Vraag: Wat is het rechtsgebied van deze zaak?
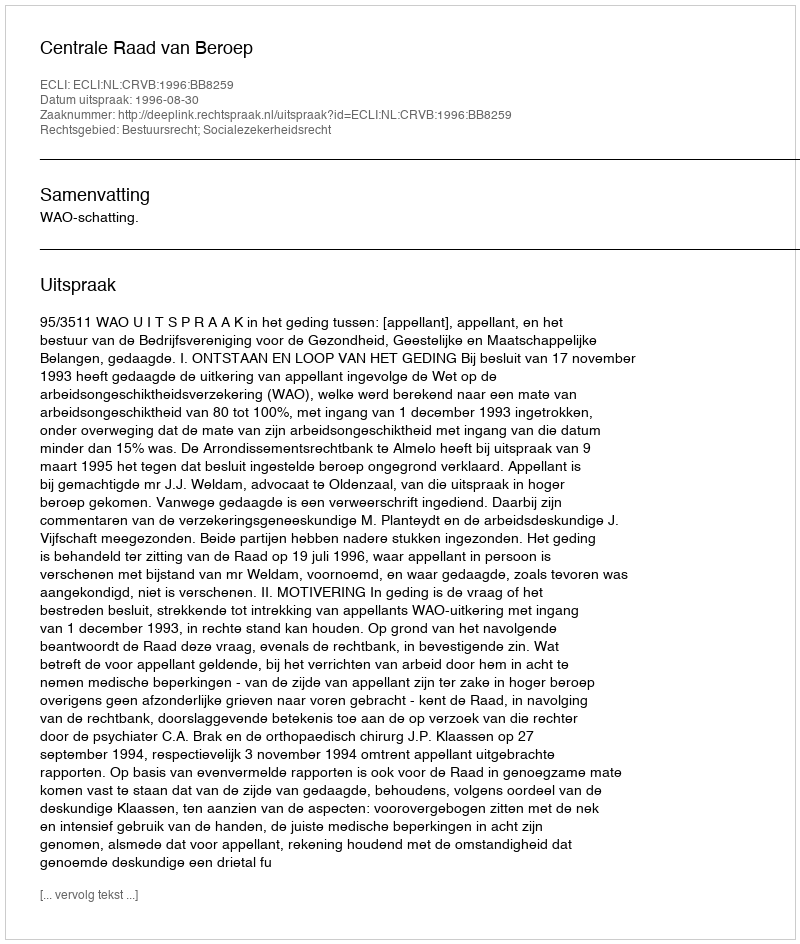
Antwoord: Bestuursrecht; Socialezekerheidsrecht